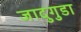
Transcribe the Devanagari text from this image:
जादुगुडा